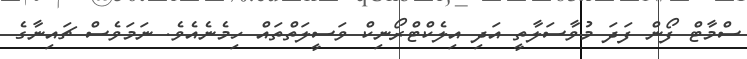
ސްމާޓް ފޯން ފަދަ މުވާސަލާތީ އަދި އިލެކްޓްރޯނިކް ވަސީލަތްތައް ހިމެނެއެވެ. ނަމަވެސް ޗައިނާގެ